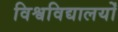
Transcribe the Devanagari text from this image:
विश्वविद्यालयोँ